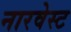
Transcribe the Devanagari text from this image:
नारवेस्ट